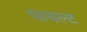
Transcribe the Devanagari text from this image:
पायल्ट